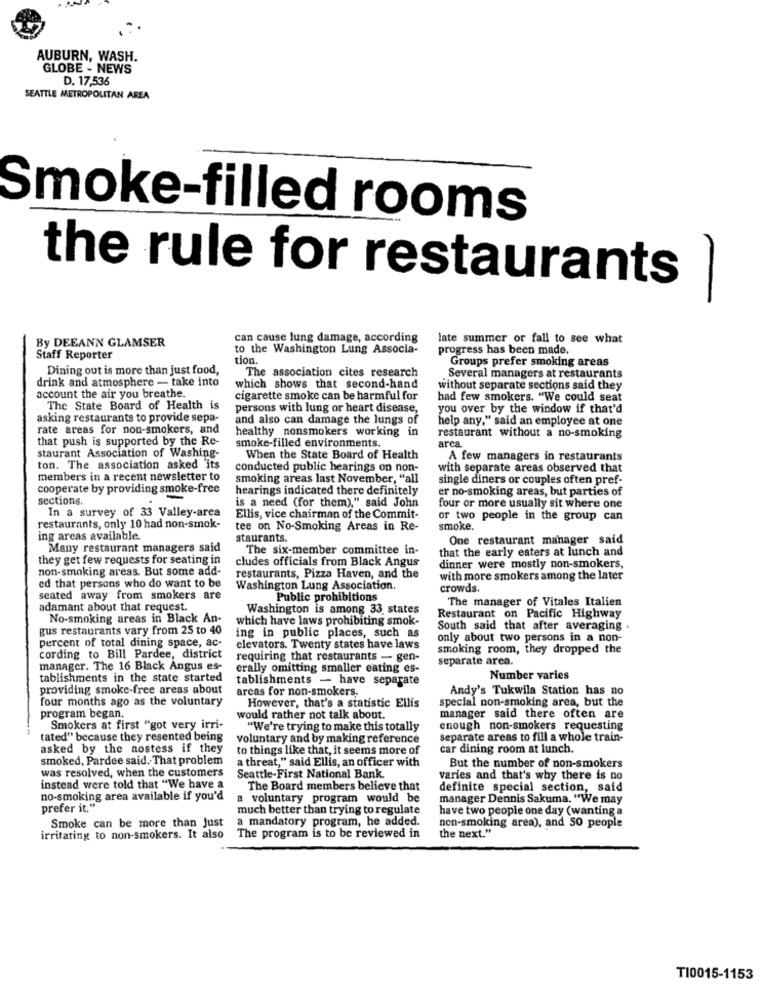
AUBURN, WASH.
GLOBE - NEWS
D. 17,536
SEATTLE METROPOLITAN AREA
Smoke-filled rooms
the rule for restaurants
By DEEANN GLAMSER
can cause lung damage, according
late summer or fall to see what
to the Washington Lung Associa-
progress has been made.
Staff Reporter
tion.
Groups prefer smoking areas
Dining out is more than just food,
The association cites research
drink and atmosphere - take into
Several managers at restaurants
which shows that second-hand
without separate sections said they
account the air you breathe.
cigarette smoke can be harmful for
had few smokers. "We could seat
The State Board of Health is
persons with lung or heart disease,
you over by the window if that'd
asking restaurants to provide sepa-
and also can damage the lungs of
help any," said an employee at one
rate areas for non-smokers, and
healthy nonsmokers working in
restaurant without a no-smoking
that push is supported by the Re-
arca.
staurant Association of Washing-
smoke-filled environments.
When the State Board of Health
A few managers in restaurants
ton. The association asked its
conducted public hearings on non-
with separate areas observed that
members in a recent newsletter to
smoking areas last November, "all
single diners or couples often pref-
cooperate by providing smoke-free
hearings indicated there definitely
er no-smoking areas, but parties of
sections.
In a survey of 33 Valley-area
is a need (for them)," said John
four or more usually sit where one
Ellis, vice chairman of the Commit-
or two people in the group can
restaurants, only 10 had non-smok-
tee on No-Smoking Areas in Re-
smoke.
ing areas available.
staurants.
One restaurant manager said
Many restaurant managers said
The six-member committee in-
that the early eaters at lunch and
they get few requests for seating in
cludes officials from Black Angus
non-smoking areas. But some add-
dinner were mostly non-smokers,
restaurants, Pizza Haven, and the
with more smokers among the later
ed that persons who do want to be
Washington Lung Association.
crowds.
seated away from smokers are
Public prohibitions
The manager of Vitales Italien
adamant about that request.
Washington is among 33 states
No-smoking areas in Black An-
which have laws prohibiting smok-
Restaurant on Pacific Highway
gus restaurants vary from 25 to 40
South said that after averaging .
ing in public places, such as
only about two persons in a non-
percent of total dining space, ac-
elevators. Twenty states have laws
smoking room, they dropped the
cording to Bill Pardee, district
requiring that restaurants - gen-
separate area.
manager. The 16 Black Angus es-
erally omitting smaller eating es-
tablishments in the state started
tablishments - have separate
Number varies
providing smoke-free areas about
areas for non-smokers.
Andy's Tukwila Station has no
four months ago as the voluntary
special non-smoking area, but the
However, that's a statistic Ellis
program began.
would rather not talk about.
manager said there often are
Smokers at first "got very irri-
"We're trying to make this totally
enough non-smokers requesting
tated" because they resented being
voluntary and by making reference
separate areas to fill a whole train-
asked by the nostess if they
to things like that, it seems more of
car dining room at lunch.
smoked, Pardee said. That problem
a threat," said Ellis, an officer with
But the number of non-smokers
was resolved, when the customers
Seattle-First National Bank.
varies and that's why there is no
instead were told that "We have a
The Board members believe that
definite special section, said
no-smoking area available if you'd
a voluntary program would be
manager Dennis Sakuma. "We may
prefer it."
much better than trying to regulate
have two people one day (wanting a
a mandatory program, he added.
non-smoking area), and 50 people
Smoke can be more than Just
the next."
irritating to non-smokers. It also
The program is to be reviewed in
T10015-1153